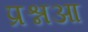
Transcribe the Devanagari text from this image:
प्रश्नआ